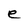
Character: e